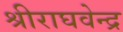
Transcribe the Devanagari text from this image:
श्रीराघवेन्द्र